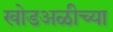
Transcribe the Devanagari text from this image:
खोडअळीच्या